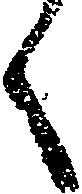
く